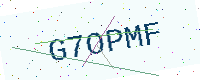
Text: G7OPMF